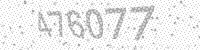
Solution: 476077